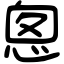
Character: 悤